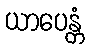
ယာပေန္တံ